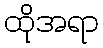
ထိုအရာ